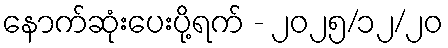
နောက်ဆုံးပေးပို့ရက် - ၂၀၂၅/၁၂/၂၀